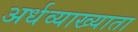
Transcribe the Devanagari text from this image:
अर्धव्याख्याता